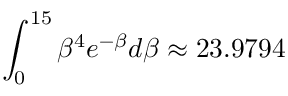
\int _ { 0 } ^ { 1 5 } { { \beta ^ { 4 } } { e ^ { - \beta } } d \beta \approx \mathrm { { 2 3 } } \mathrm { { . 9 7 9 4 } } }